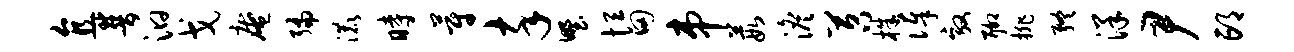
直普汩戈庵编漉时蔚卒野恒田串葭澹苕株俸效聊排终洋尹邙